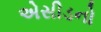
એસીડનો